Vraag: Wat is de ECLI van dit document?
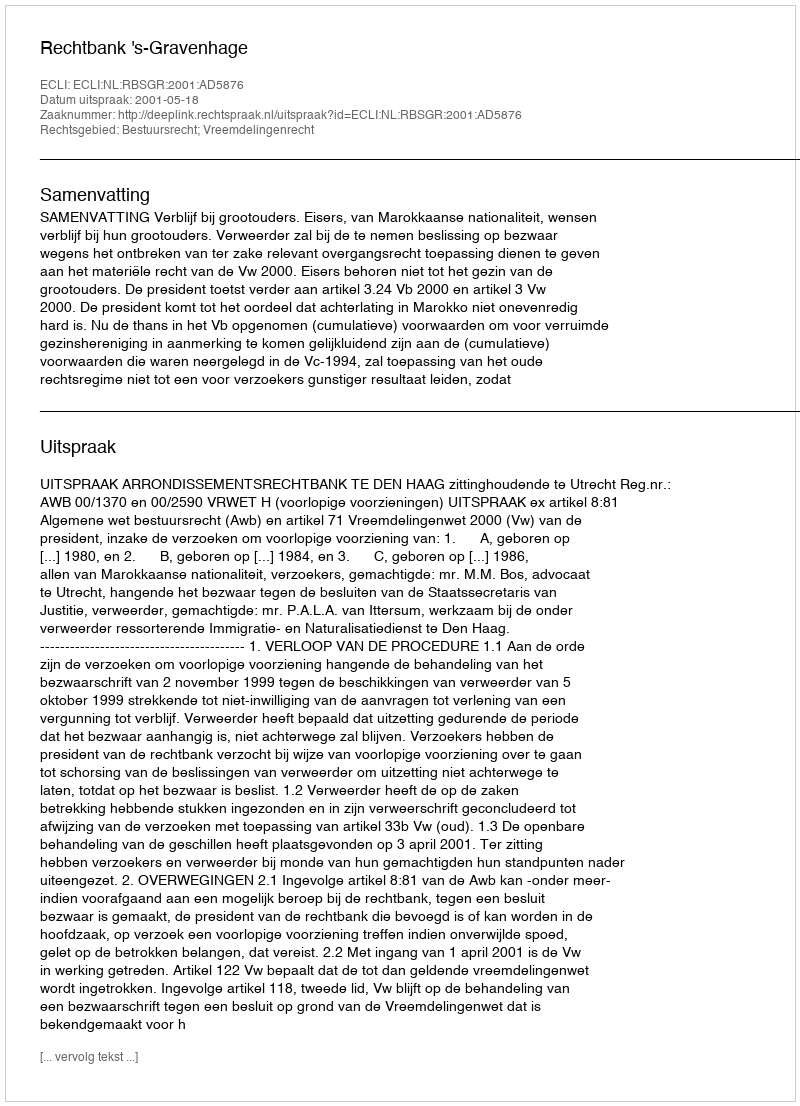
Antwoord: ECLI:NL:RBSGR:2001:AD5876